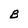
Character: B